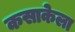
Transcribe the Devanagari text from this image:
कसाकेला